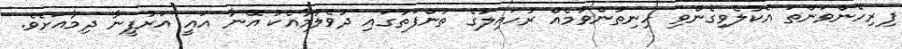
ފިރިހެންވަންތަ އެކުލެވިގެންވި ހިނިތުންވުމެއް ރުހައިލުގެ ތުންފަތުގައި ދުވެލުމާއެކު އޭނާ އައީ އަރުފީނާ ދިމާއަށެވެ.